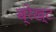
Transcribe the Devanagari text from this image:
ब्रेख्ट